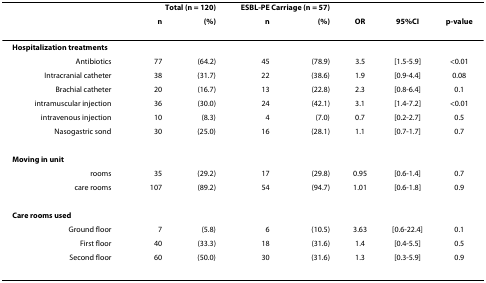
<table><thead><tr><td></td><td colspan="2"><b>Total (n = 120)</b></td><td colspan="2"><b>ESBL-PE Carriage (n = 57)</b></td><td></td><td></td><td></td></tr><tr><td></td><td><b>n</b></td><td><b>(%)</b></td><td><b>n</b></td><td><b>(%)</b></td><td><b>OR</b></td><td><b>95%CI</b></td><td><b>p-value</b></td></tr></thead><tbody><tr><td><b>Hospitalization treatments</b></td><td></td><td></td><td></td><td></td><td></td><td></td><td></td></tr><tr><td>Antibiotics</td><td>77</td><td>(64.2)</td><td>45</td><td>(78.9)</td><td>3.5</td><td>[1.5-5.9]</td><td>&lt;0.01</td></tr><tr><td>Intracranial catheter</td><td>38</td><td>(31.7)</td><td>22</td><td>(38.6)</td><td>1.9</td><td>[0.9-4.4]</td><td>0.08</td></tr><tr><td>Brachial catheter</td><td>20</td><td>(16.7)</td><td>13</td><td>(22.8)</td><td>2.3</td><td>[0.8-6.4]</td><td>0.1</td></tr><tr><td>intramuscular injection</td><td>36</td><td>(30.0)</td><td>24</td><td>(42.1)</td><td>3.1</td><td>[1.4-7.2]</td><td>&lt;0.01</td></tr><tr><td>intravenous injection</td><td>10</td><td>(8.3)</td><td>4</td><td>(7.0)</td><td>0.7</td><td>[0.2-2.7]</td><td>0.5</td></tr><tr><td>Nasogastric sond</td><td>30</td><td>(25.0)</td><td>16</td><td>(28.1)</td><td>1.1</td><td>[0.7-1.7]</td><td>0.7</td></tr><tr><td><b>Moving in unit</b></td><td></td><td></td><td></td><td></td><td></td><td></td><td></td></tr><tr><td>rooms</td><td>35</td><td>(29.2)</td><td>17</td><td>(29.8)</td><td>0.95</td><td>[0.6-1.4]</td><td>0.7</td></tr><tr><td>care rooms</td><td>107</td><td>(89.2)</td><td>54</td><td>(94.7)</td><td>1.01</td><td>[0.6-1.8]</td><td>0.9</td></tr><tr><td><b>Care rooms used</b></td><td></td><td></td><td></td><td></td><td></td><td></td><td></td></tr><tr><td>Ground floor</td><td>7</td><td>(5.8)</td><td>6</td><td>(10.5)</td><td>3.63</td><td>[0.6-22.4]</td><td>0.1</td></tr><tr><td>First floor</td><td>40</td><td>(33.3)</td><td>18</td><td>(31.6)</td><td>1.4</td><td>[0.4-5.5]</td><td>0.5</td></tr><tr><td>Second floor</td><td>60</td><td>(50.0)</td><td>30</td><td>(31.6)</td><td>1.3</td><td>[0.3-5.9]</td><td>0.9</td></tr></tbody></table>